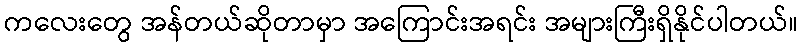
ကလေးတွေ အန်တယ်ဆိုတာမှာ အကြောင်းအရင်း အများကြီးရှိနိုင်ပါတယ်။